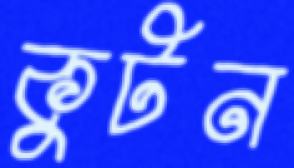
কুটন